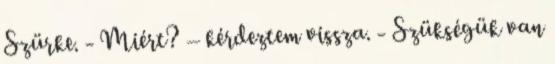
Szürke. - Miért? – kérdeztem vissza. - Szükségük van